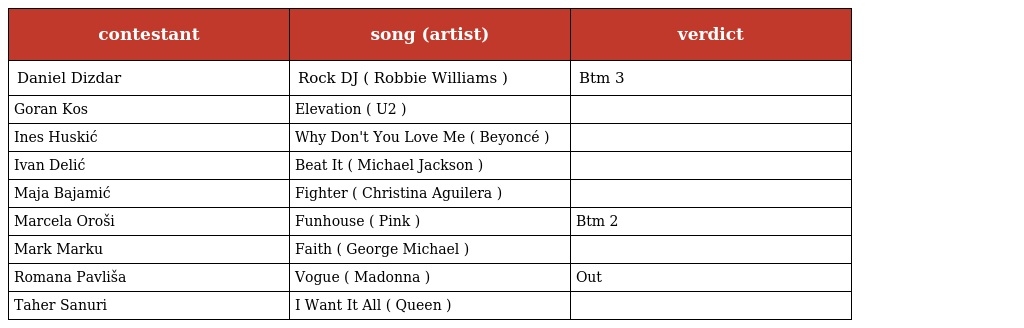
| contestant | song (artist) | verdict |
 | --- | --- | --- |
 | Daniel Dizdar | Rock DJ ( Robbie Williams ) | Btm 3 |
 | Goran Kos | Elevation ( U2 ) |  |
 | Ines Huskić | Why Don't You Love Me ( Beyoncé ) |  |
 | Ivan Delić | Beat It ( Michael Jackson ) |  |
 | Maja Bajamić | Fighter ( Christina Aguilera ) |  |
 | Marcela Oroši | Funhouse ( Pink ) | Btm 2 |
 | Mark Marku | Faith ( George Michael ) |  |
 | Romana Pavliša | Vogue ( Madonna ) | Out |
 | Taher Sanuri | I Want It All ( Queen ) |  |